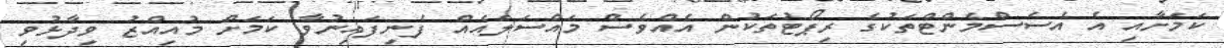
ކަމަށާއި އެ އެސެސްމެންޓްތަކުގެ ރިޕޯޓުތަކުން އެއްވެސް މައްސަލައެއް ފެނިފައިނުވާ ކަމަށް މުއިއްޒު ވިދާޅުވި